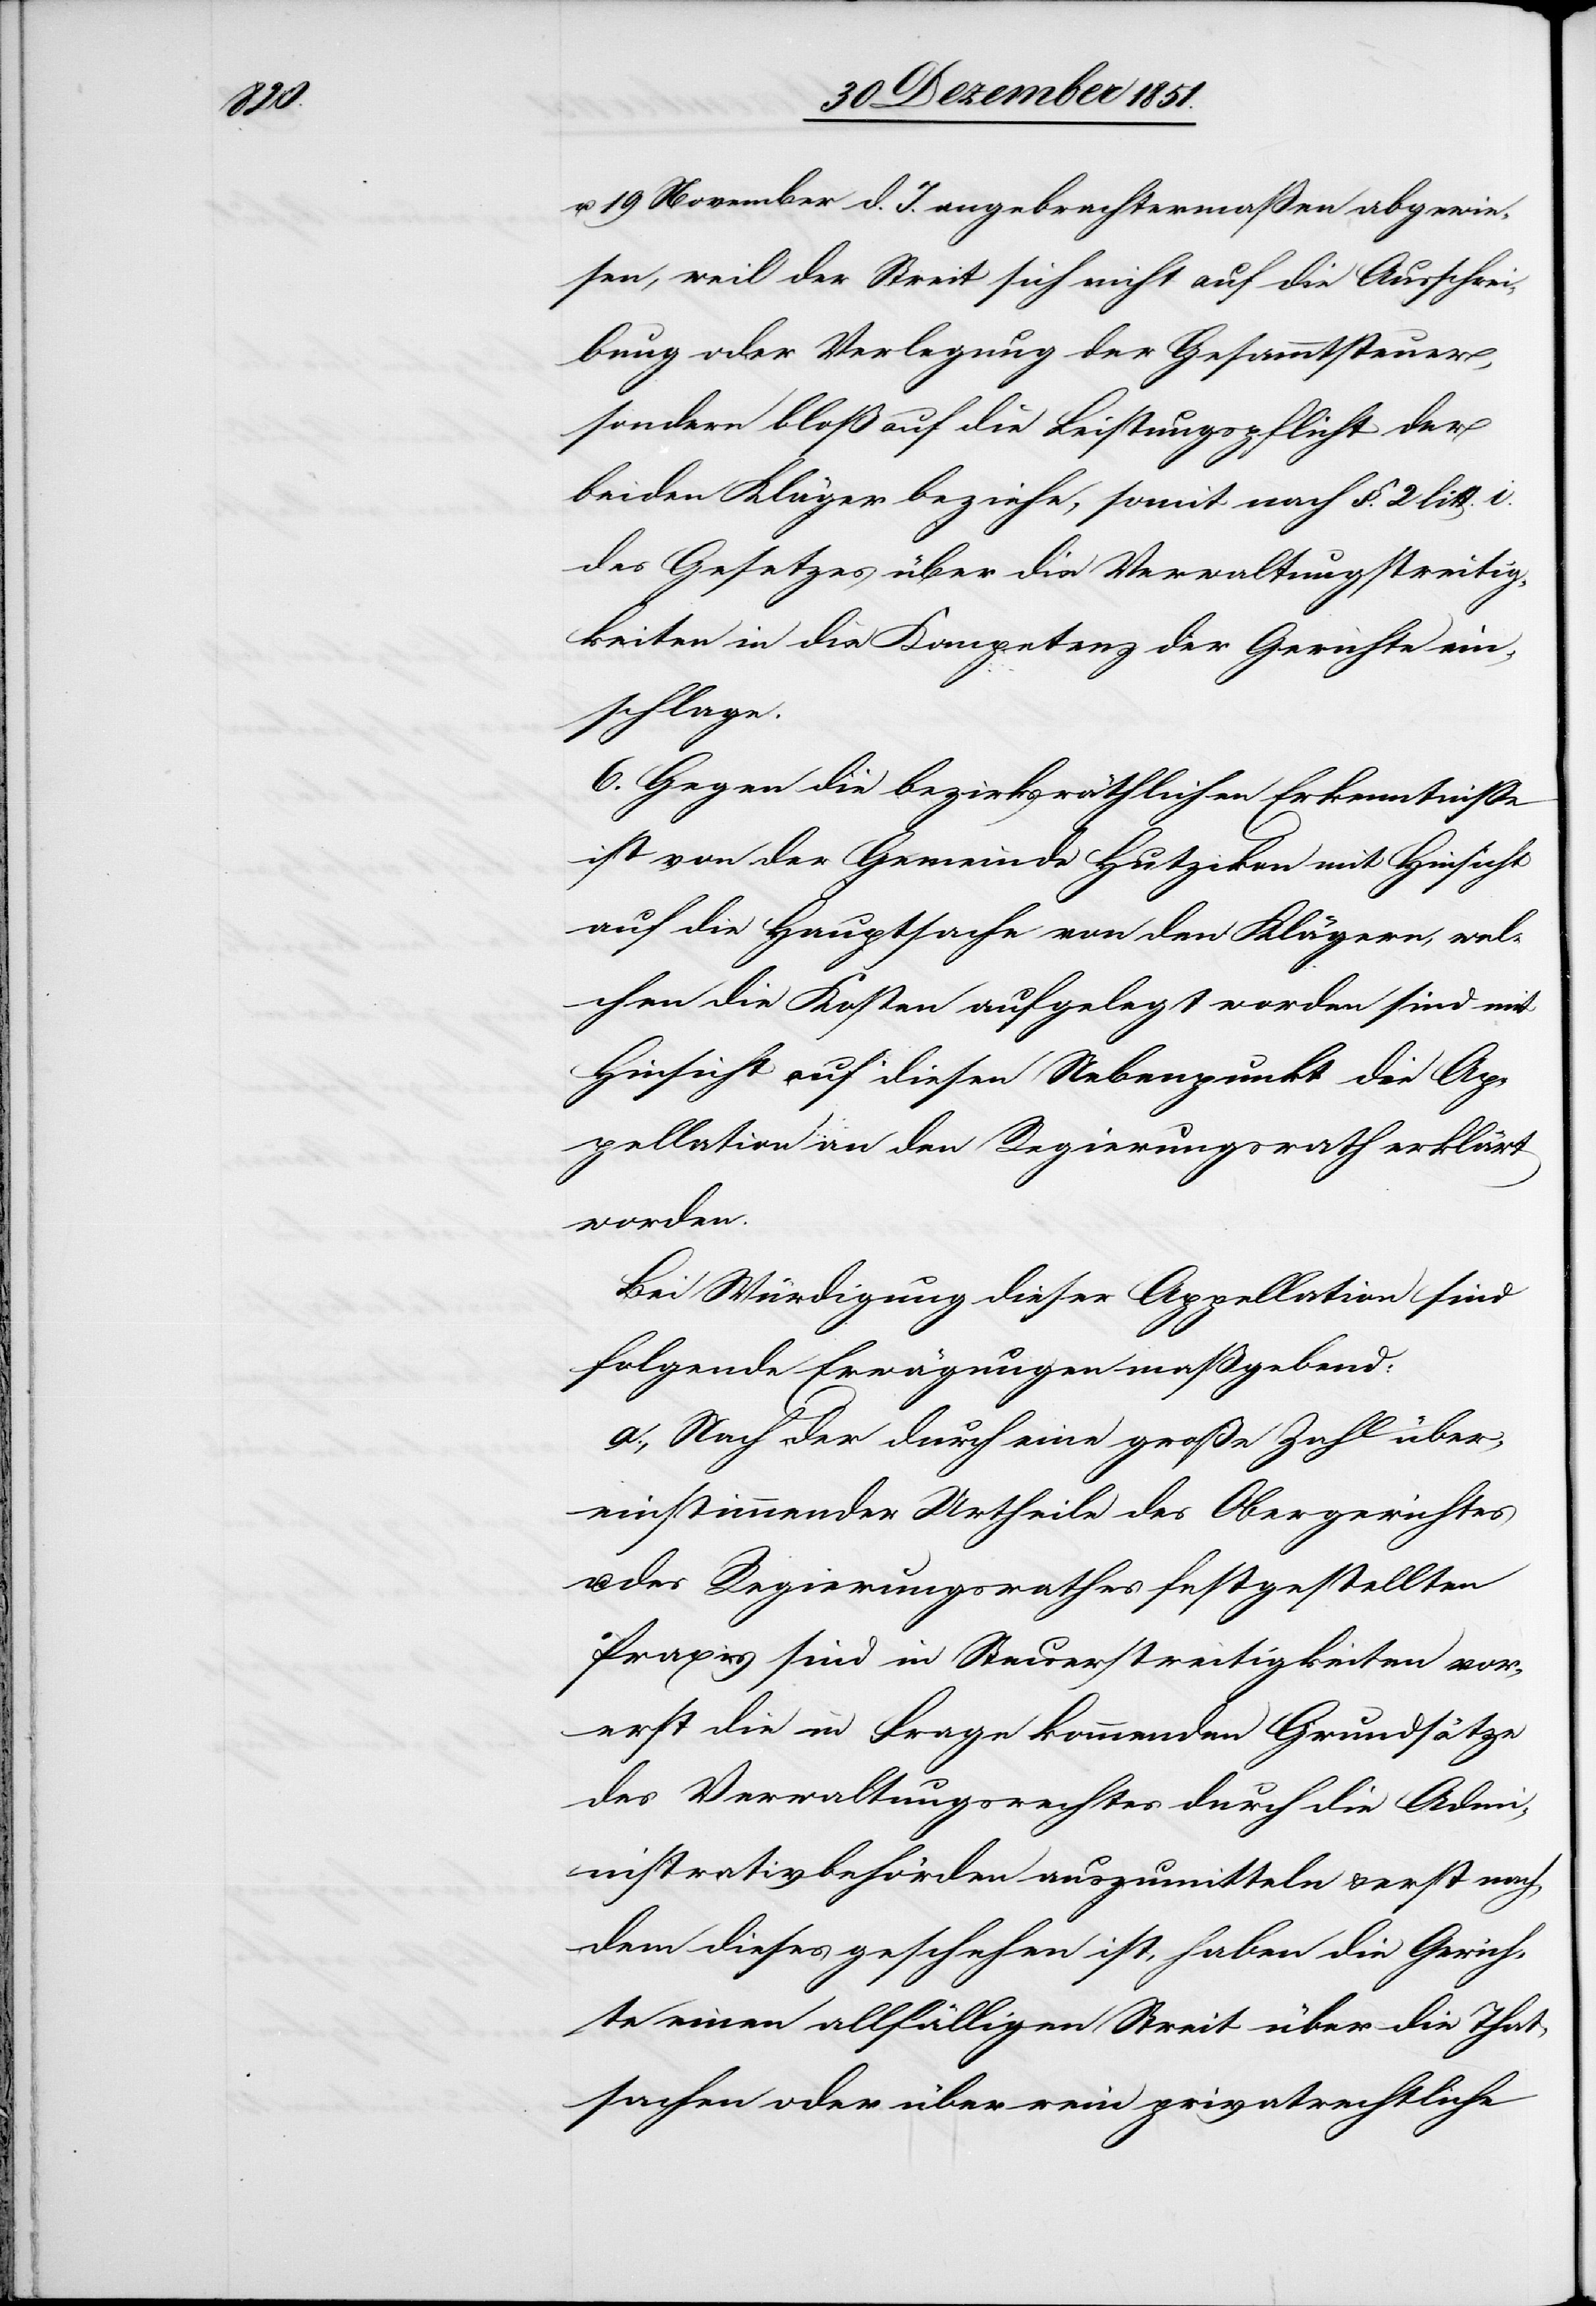
u. 19 November d. J. angebrachtermaßen abgewie¬
sen, weil der Streit sich nicht auf die Ausschrei¬
bung oder Verlegung der Gesammtsteuer,
sondern bloß auf die Leistungspflicht der
beiden Kläger beziehe, somit nach §. 2 litt. i.
des Gesetzes über die Verwaltungstreitig¬
keiten in die Kompetenz der Gerichte ein¬
schlage.
6. Gegen die bezirksräthlichen Erkenntniße
ist von der Gemeinde Hutzikon mit Hinsicht
auf die Hauptsache von den Klägern, wel¬
chen die Kosten aufgelegt worden sind mit
Hinsicht auf diesen Nebenpunkt die Ap¬
pellation an den Regierungsrath erklärt
worden.
Bei Würdigung dieser Appellation sind
folgende Erwägungen maßgebend:
a., Nach der durch eine große Zahl über¬
einstimmender Urtheile des Obergerichtes
des Regierungsrathes festgestellten
Praxis sind in Steuerstreitigkeiten vor¬
erst die in Frage kommenden Grundsätze
des Verwaltungsrechtes durch die Adm¬
inistrativbehörden auszumitteln & erst nach¬
dem dieses geschehen ist, haben die Gerich¬
te einen allfälligen Streit über die That¬
sachen oder über rein privatrechtliche